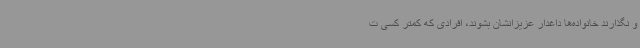
و نگذارند خانواده‌ها داغدار عزیزانشان بشوند، افرادی که کمتر کسی ت